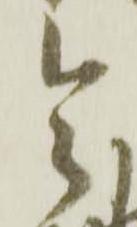
令